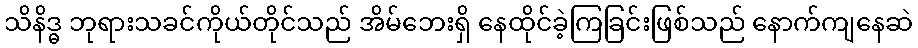
သိနိဒ္ဓ ဘုရားသခင်ကိုယ်တိုင်သည် အိမ်ဘေးရှိ နေထိုင်ခဲ့ကြခြင်းဖြစ်သည် နောက်ကျနေဆဲ